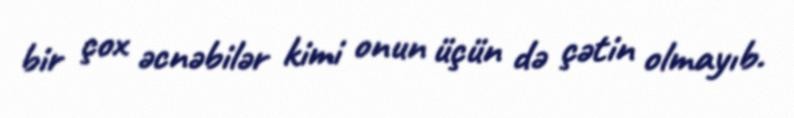
bir çox əcnəbilər kimi onun üçün də çətin olmayıb.